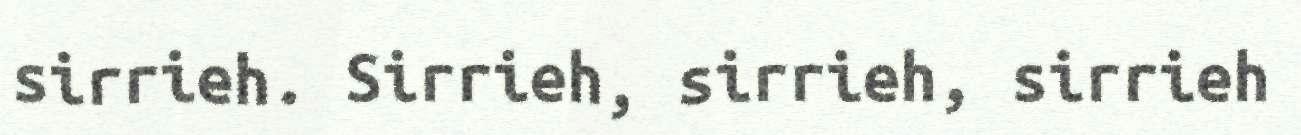
sirrieh. Sirrieh, sirrieh, sirrieh